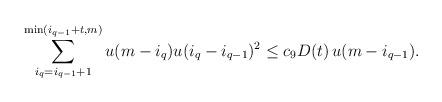
LaTeX: \begin{align*}\sum_{i_q=i_{q-1}+1}^{\min(i_{q-1}+t, m)} u(m - i_{q}) u(i_q-i_{q-1})^2 \leq c_9 D(t)\, u(m- i_{q-1}).\end{align*}